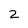
Character: 2